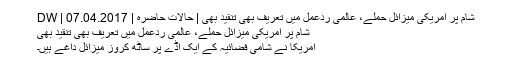
شام پر امریکی میزائل حملے، عالمی ردعمل میں تعریف بھی تنقید بھی | حالات حاضرہ | DW | 07.04.2017
شام پر امریکی میزائل حملے، عالمی ردعمل میں تعریف بھی تنقید بھی
امریکا نے شامی فضائیہ کے ایک اڈے پر ساٹھ کروز میزائل داغے ہیں۔